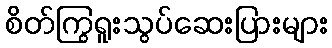
စိတ်ကြွရူးသွပ်ဆေးပြားများ